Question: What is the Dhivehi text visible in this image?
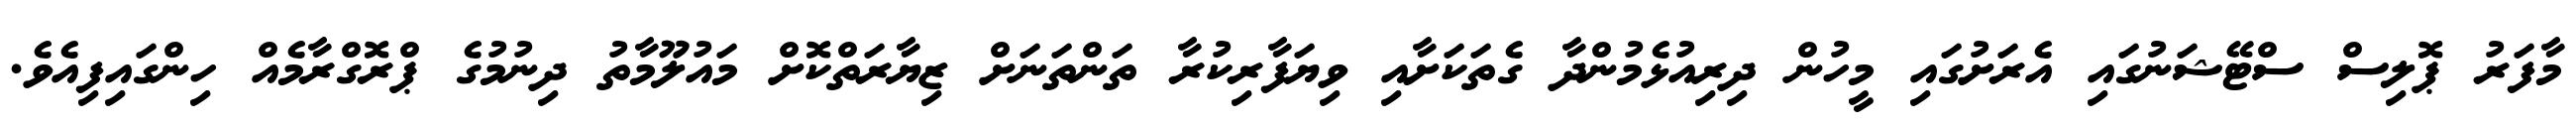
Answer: މާފަރު ޕޮލިސް ސްޓޭޝަނުގައި އެރަށުގައި މީހުން ދިރިއުޅެމުންދާ ގެތަކަށާއި ވިޔަފާރިކުރާ ތަންތަނަށް ޒިޔާރަތްކޮށް މައުލޫމާތު ދިނުމުގެ ޕްރޮގްރާމެއް ހިންގައިފިއެވެ.